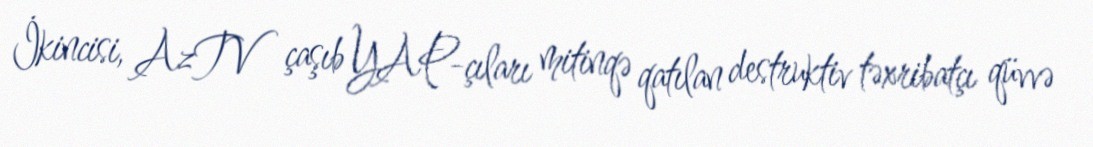
İkincisi, AzTV çaşıb YAP-çıları mitinqə qatılan destruktiv təxribatçı qüvvə